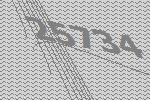
25734